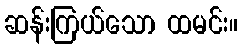
ဆန်းကြယ်သော ထမင်း။